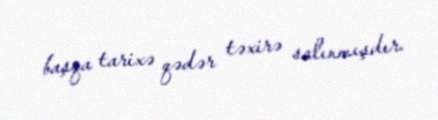
başqa tarixə qədər təxirə salınmışdır.